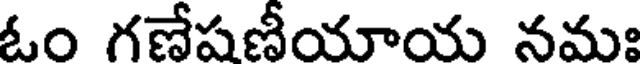
ఉం గణేషణీయాయ నమః